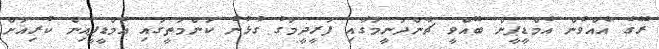
ރޭގެ އެއްވުން އެމްޑީޕީން ބޭއްވީ ޗާންދަނީމަގާއި ފަރީދީމަގު ގުޅުނު ކަންމަތީގައި އެމްޑީޕީއިން ކުރިއަށް